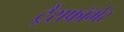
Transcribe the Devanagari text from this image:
ट्रैंसफॉर्मर